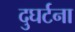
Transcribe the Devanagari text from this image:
दुघर्टना